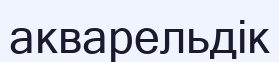
акварельдік